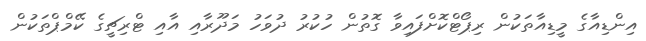
އިންޑިއާގެ މީޑިއާތަކުން ރިޕޯޓްކޮށްފައިވާ ގޮތުން ހުކުރު ދުވަހު މަދޫރާއި އާއި ޓްރިޗީގެ ކޭމްޕްތަކުން